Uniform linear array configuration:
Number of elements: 24
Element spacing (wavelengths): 0.5
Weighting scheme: binomial
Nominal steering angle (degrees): -30
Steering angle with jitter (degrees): -31.44
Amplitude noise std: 0.05
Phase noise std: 0.05

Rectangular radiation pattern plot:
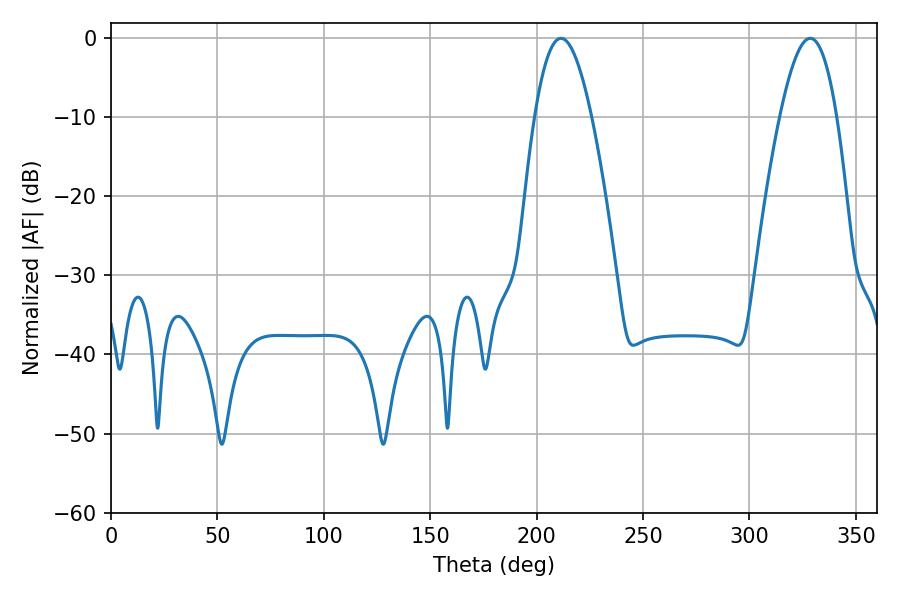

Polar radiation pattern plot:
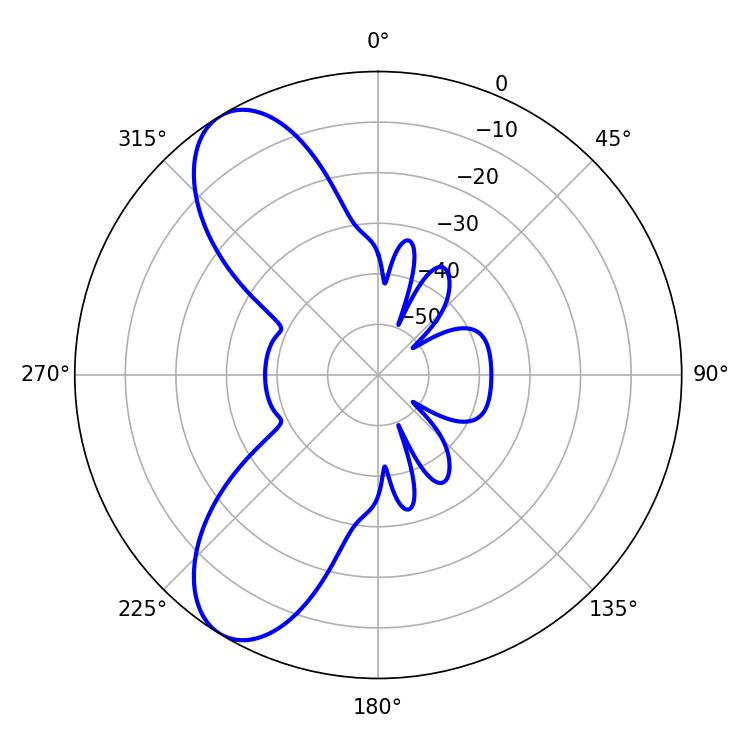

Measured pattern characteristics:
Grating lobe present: FALSE
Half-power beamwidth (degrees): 14.58
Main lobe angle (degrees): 211.5